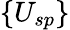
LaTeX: \{ U_{sp}\}